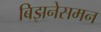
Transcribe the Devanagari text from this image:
बिझनेसमन